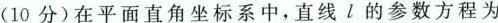
(10分)在平面直角坐标系中，直线l的参数方程为